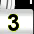
Digit: 3